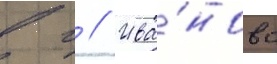
в г // Ива́ново